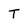
Character: T